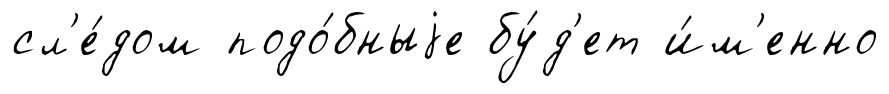
сл'е́дом подо́бныjе бу́д'ет и́м'енно